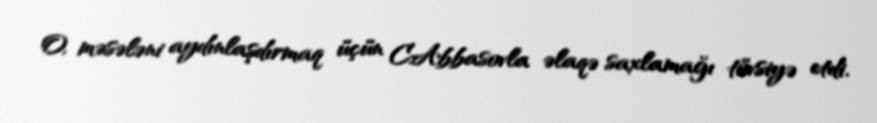
O, məsələni aydınlaşdırmaq üçün C.Abbasovla əlaqə saxlamağı tövsiyə etdi.